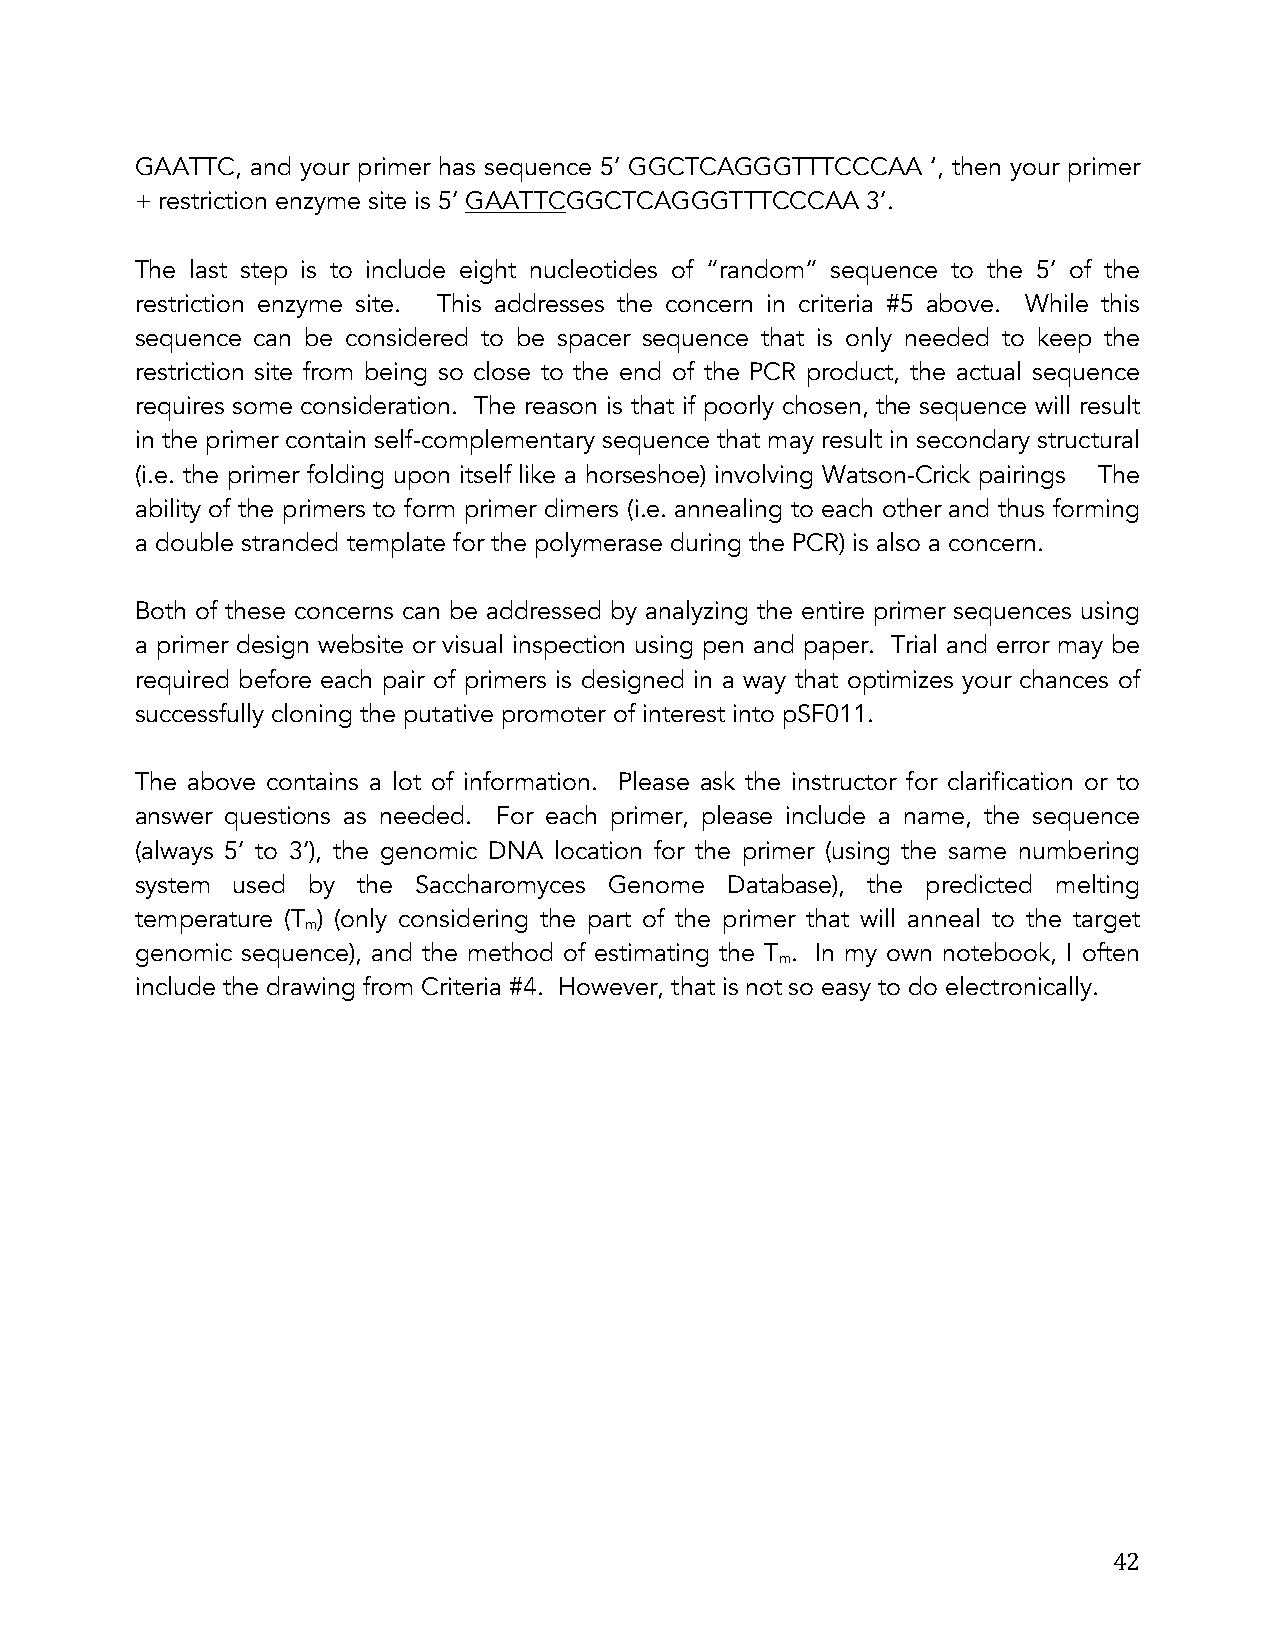
GAATTC, and your primer has sequence 5’ GGCTCAGGGTTTCCCAA ‘, then your primer
 + restriction enzyme site is 5’ GAATTCGGCTCAGGGTTTCCCAA 3’.
 The last step is to include eight nucleotides of “random” sequence to the 5’ of the
 restriction enzyme site. This addresses the concern in criteria #5 above. While this
 sequence can be considered to be spacer sequence that is only needed to keep the
 restriction site from being so close to the end of the PCR product, the actual sequence
 requires some consideration. The reason is that if poorly chosen, the sequence will result
 in the primer contain self-complementary sequence that may result in secondary structural
 (i.e. the primer folding upon itself like a horseshoe) involving Watson-Crick pairings The
 ability of the primers to form primer dimers (i.e. annealing to each other and thus forming
 a double stranded template for the polymerase during the PCR) is also a concern.
 Both of these concerns can be addressed by analyzing the entire primer sequences using
 a primer design website or visual inspection using pen and paper. Trial and error may be
 required before each pair of primers is designed in a way that optimizes your chances of
 successfully cloning the putative promoter of interest into pSF011.
 The above contains a lot of information. Please ask the instructor for clarification or to
 answer questions as needed. For each primer, please include a name, the sequence
 (always 5’ to 3’), the genomic DNA location for the primer (using the same numbering
 system used by the Saccharomyces Genome Database), the predicted melting
 temperature (T ) (only considering the part of the primer that will anneal to the target
 m
 genomic sequence), and the method of estimating the T . In my own notebook, I often
 m
 include the drawing from Criteria #4. However, that is not so easy to do electronically.
 42